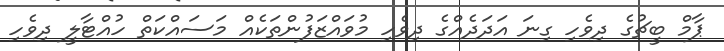
ޕާމް ބީޗުގެ ދިވެހި ގިނަ އަދަދެއްގެ ދިވެހި މުވައްޒަފުންތަކެއް މަސައްކަތް ހުއްޓާލީ ދިވެހި